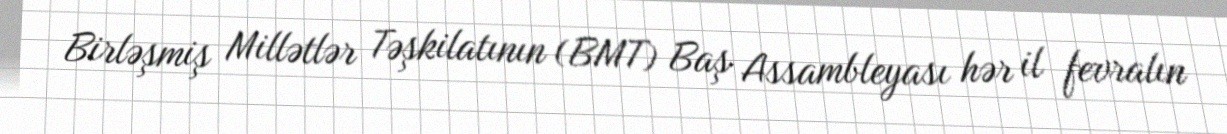
Birləşmiş Millətlər Təşkilatının (BMT) Baş Assambleyası hər il fevralın